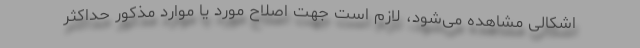
اشکالی‌ مشاهده‌ می‌شود، لازم است جهت اصلاح مورد یا موارد مذکور حداکثر